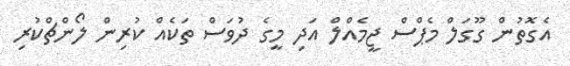
އެގޮތުން ގޫގަލް މެޕްސް ޖީމެއްލް އަދި މީގެ ދުވަސް ތަކެއް ކުރިން ލޯންޗްކުރި